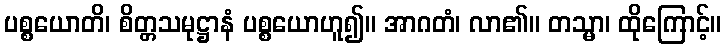
ပစ္စယောတိ၊ စိတ္တသမုဋ္ဌာနံ ပစ္စယောဟူ၍။ အာဂတံ၊ လာ၏။ တသ္မာ၊ ထိုကြောင့်။